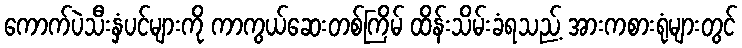
ကောက်ပဲသီးနှံပင်များကို ကာကွယ်ဆေးတစ်ကြိမ် ထိန်းသိမ်းခံရသည့် အားကစားရုံများတွင်